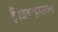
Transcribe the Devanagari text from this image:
हैं।जवाहरलाल